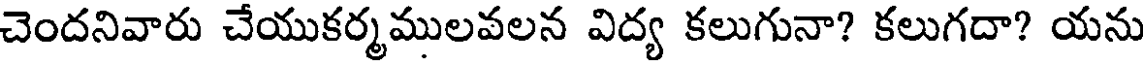
చెందనివారు చేయుకర్మములవలన విద్య కలుగునా? కలుగదా? యను